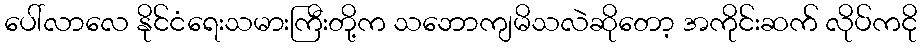
ပေါ်လာလေ နိုင်ငံရေးသမားကြီးတို့က သဘောကျမိသလဲဆိုတော့ အကိုင်းဆက် လိုပ်ကငို